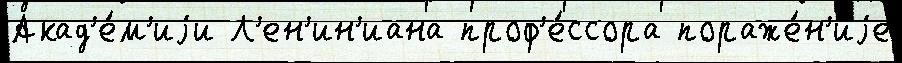
Акад'е́м'иjи Л'ен'ин'иана проф'е́ссора пораже́н'иjе